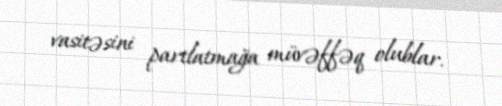
vasitəsini partlatmağa müvəffəq olublar.